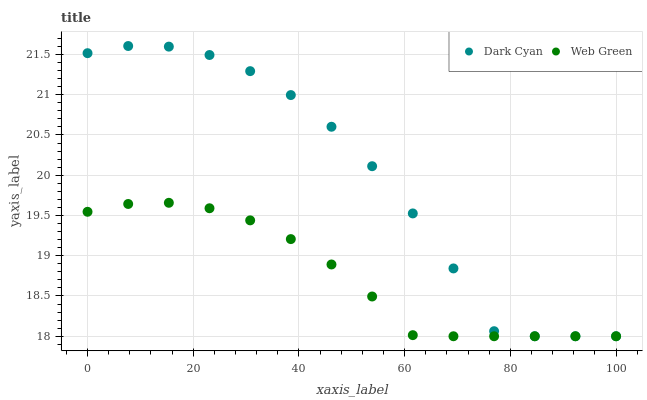
| xaxis_label | Dark Cyan | Web Green |
 | --- | --- | --- |
 | 0 | 21.5 | 19.5 |
 | 7.69 | 21.6 | 19.6 |
 | 15.4 | 21.6 | 19.7 |
 | 23.1 | 21.5 | 19.6 |
 | 30.8 | 21.3 | 19.4 |
 | 38.5 | 21 | 19.2 |
 | 46.2 | 20.6 | 18.9 |
 | 53.8 | 20.1 | 18.5 |
 | 61.5 | 19.5 | 18 |
 | 69.2 | 18.8 | 18 |
 | 76.9 | 18.1 | 18 |
 | 84.6 | 18 | 18 |
 | 92.3 | 18 | 18 |
 | 100 | 18 | 18 |